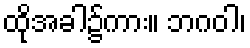
ထိုအခါ၌ကား။ ဘဂဝါ၊